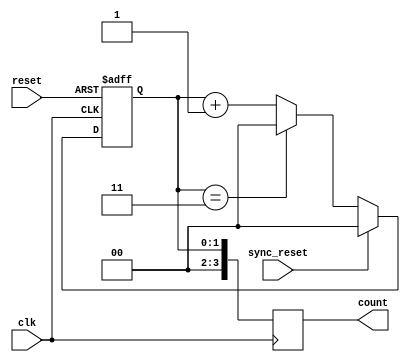
module divide_by_N_counter #(
    parameter N = 4  // Change N to your desired value
)(
    input wire clk,          // Clock input
    input wire reset,        // Asynchronous reset
    input wire sync_reset,   // Synchronous reset (optional)
    output reg [N-1:0] count // Counter output
);

    // Calculate the number of bits required for the counter
    localparam COUNTER_BITS = $clog2(N);

    // Internal counter register
    reg [COUNTER_BITS-1:0] counter;

    // Always block for counting logic
    always @(posedge clk or posedge reset) begin
        if (reset) begin
            counter <= 0; // Asynchronous reset
        end else if (sync_reset) begin
            counter <= 0; // Synchronous reset
        end else begin
            if (counter == N-1) begin
                counter <= 0; // Reset to 0 when reaching N
            end else begin
                counter <= counter + 1; // Increment counter
            end
        end
    end

    // Assign counter value to output
    always @(posedge clk) begin
        count <= counter; // Update output on clock edge
    end

endmodule